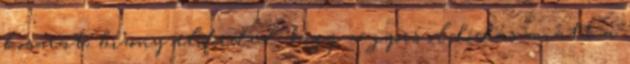
kosarat, bizony előfordul, hogy a gyors oldódás miatt a